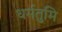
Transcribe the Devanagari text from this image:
धर्मतुमि